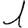
Digit: 1